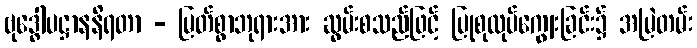
ဗုဒ္ဓေါပဋ္ဌာနနိရတာ - မြတ်စွာဘုရားအား ဆွမ်းစသည်ဖြင့် ပြုစုလုပ်ကျွေးခြင်း၌ အမြဲတမ်း